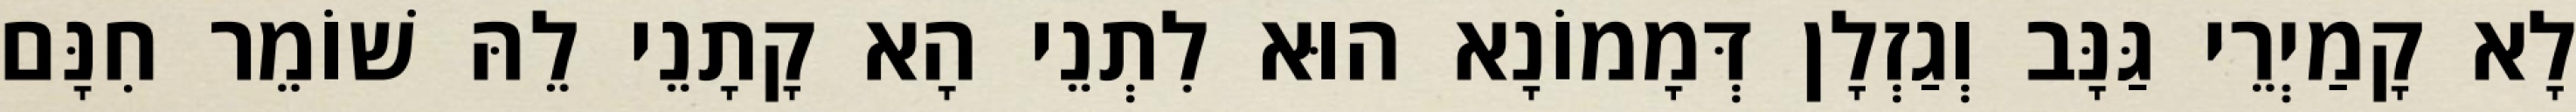
לָא קָמַיְרֵי גַּנָּב וְגַזְלָן דְּמָמוֹנָא הוּא לִתְנֵי הָא קָתָנֵי לֵהּ שׁוֹמֵר חִנָּם